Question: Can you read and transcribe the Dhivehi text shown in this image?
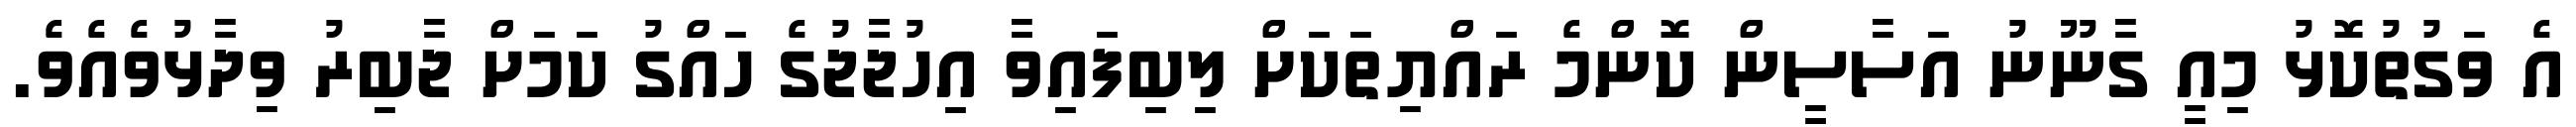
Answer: އެ ވަގުތުކޮޅު މިއީ ގާނޫނު އަސާސީން ކޮންމެ ރައްޔިތަކަށް ލިބިފައިވާ އިހުޖާޖުގެ ހައްގު ކަމަށް ޖާބިރު ވިދާޅުވެއެވެ.